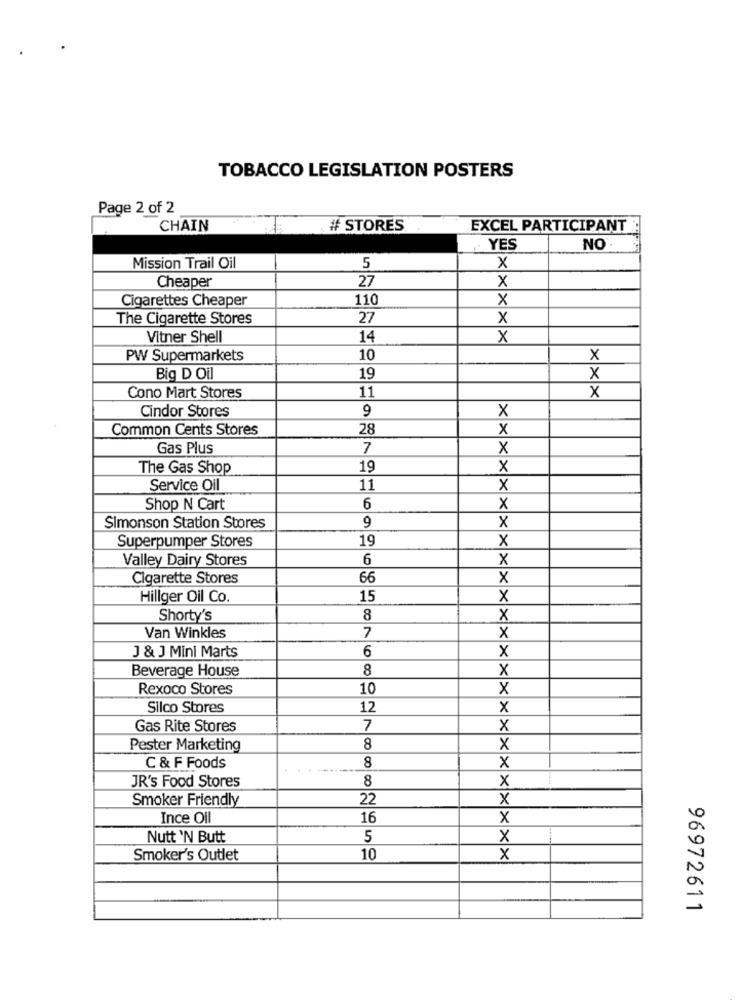
TOBACCO LEGISLATION POSTERS
Page 2 of 2
CHAIN
# STORES
EXCEL PARTICIPANT
YES
NO.
Mission Trail Oil
5
x
Cheaper
27
x
Cigarettes Cheaper
110
X
The Cigarette Stores
27
X
Vitner Shell
14
x
PW Supermarkets
10
×
Big D Oil
19
x
11
Cono Mart Stores
X
Cindor Stores
9
X
Common Cents Stores
28
x
Gas Plus
7
X
The Gas Shop
19
x
Service Oil
11
X
Shop N Cart
6
x
Simonson Station Stores
9
X
Superpumper Stores
19
X
Valley Dairy Stores
6
X
Cigarette Stores
66
X
Hillger Oil Co.
15
X
Shorty's
8
X
7
Van Winkles
x
6
J & J Mini Marts
x
Beverage House
8
X
Rexoco Stores
10
X
Silco Stores
12
x
Gas Rite Stores
7
X
Pester Marketing
8
x
C & F Foods
8
x
JR's Food Stores
8
x
Smoker Friendly
22
X
Ince Oil
16
X
Nutt 'N Butt
5
X
Smoker's Outlet
10
×
96972611